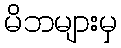
မိဘများမှ